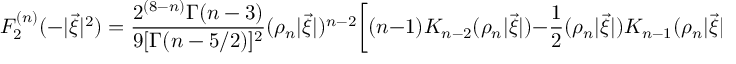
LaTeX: { \cal F } _ { 2 } ^ { ( n ) } ( - | \vec { \xi } | ^ { 2 } ) = \frac { 2 ^ { ( 8 - n ) } \Gamma ( n - 3 ) } { 9 [ \Gamma ( n - 5 / 2 ) ] ^ { 2 } } ( \rho _ { n } | \vec { \xi } | ) ^ { n - 2 } \bigg [ ( n - 1 ) K _ { n - 2 } ( \rho _ { n } | \vec { \xi } | ) - { \frac { 1 } { 2 } } ( \rho _ { n } | \vec { \xi } | ) K _ { n - 1 } ( \rho _ { n } | \vec { \xi } | ) \bigg ] ~ .